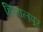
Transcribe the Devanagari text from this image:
हिलालपूर